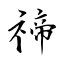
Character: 禘